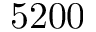
5 2 0 0